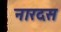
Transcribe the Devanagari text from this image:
नारदस